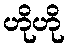
ဟိုဟို